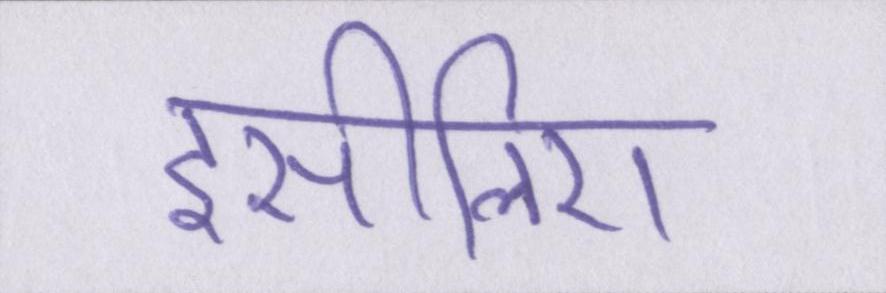
इसीलिए